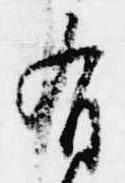
有